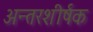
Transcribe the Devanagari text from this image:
अन्तरशीर्षक